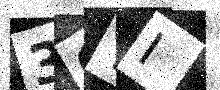
Text: 3GTI